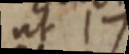
ut 17